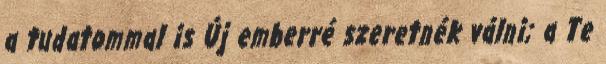
a tudatommal is Új emberré szeretnék válni; a Te